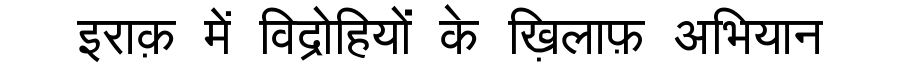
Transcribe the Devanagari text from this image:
इराक़ में विद्रोहियों के ख़िलाफ़ अभियान